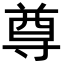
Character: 尊